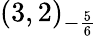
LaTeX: (3,2)_{-{\frac{5}{6}}}